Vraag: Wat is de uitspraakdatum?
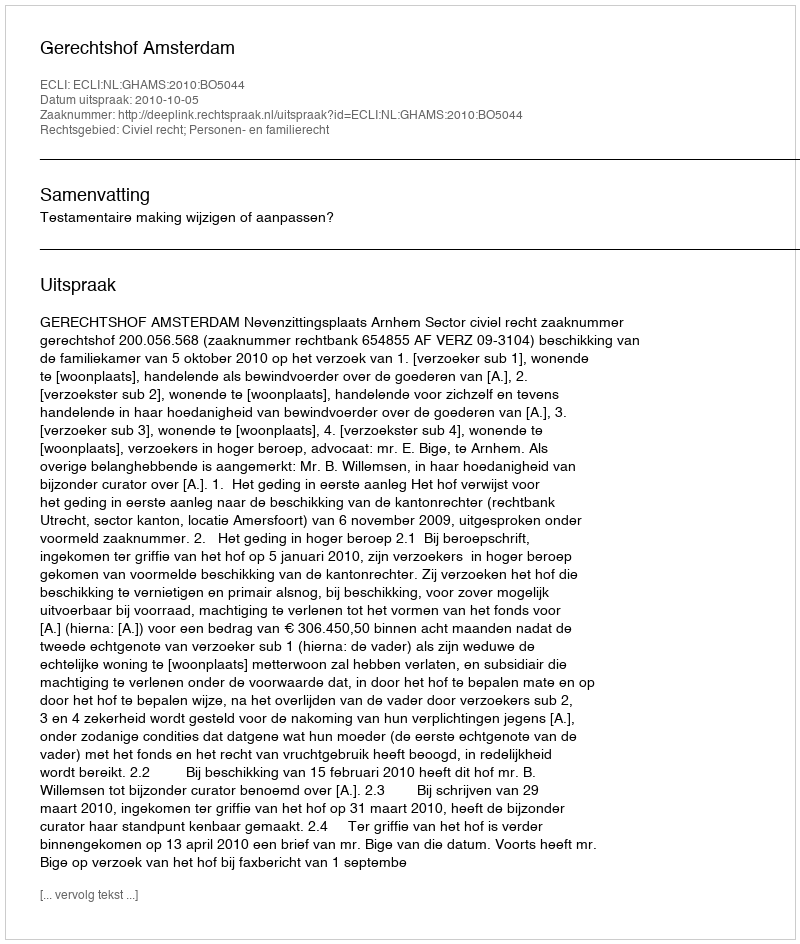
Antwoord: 2010-10-05